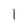
Character: 1